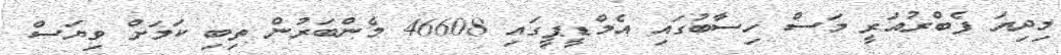
މިދިޔަ ފެބްރުއަރީ މަސް ހިސާބުގައި އެމްޑީޕީގައި 46608 މެންބަރުން ތިބި ކަމަށް ވިޔަސް